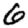
Digit: 6